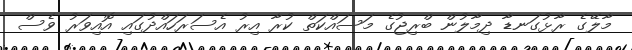
މާލޭގެ ރާޅުގަނޑާ ދިމާލުން ބްރިޖުގެ މަސައްކަތް ކުރާ އިރު އެސަރަހައްދުގައި އޮއިވަރު ވެސް